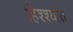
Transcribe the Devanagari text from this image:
हिश्श्यांत